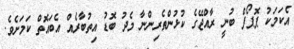
އެކަމަކު ޕޮޕޯފް ބުނީ ރާއްޖޭގެ ކުޅުންތެރިންނާ މެދު ބޮޑު އިތުބާރެއް އެބައޮތް ކަމަށެވެ.